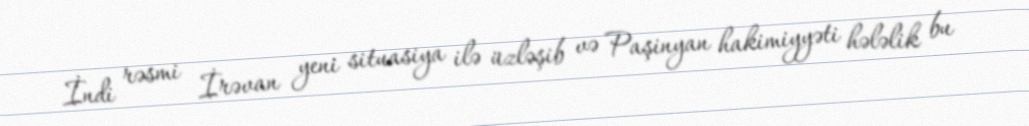
İndi rəsmi İrəvan yeni situasiya ilə üzləşib və Paşinyan hakimiyyəti hələlik bu